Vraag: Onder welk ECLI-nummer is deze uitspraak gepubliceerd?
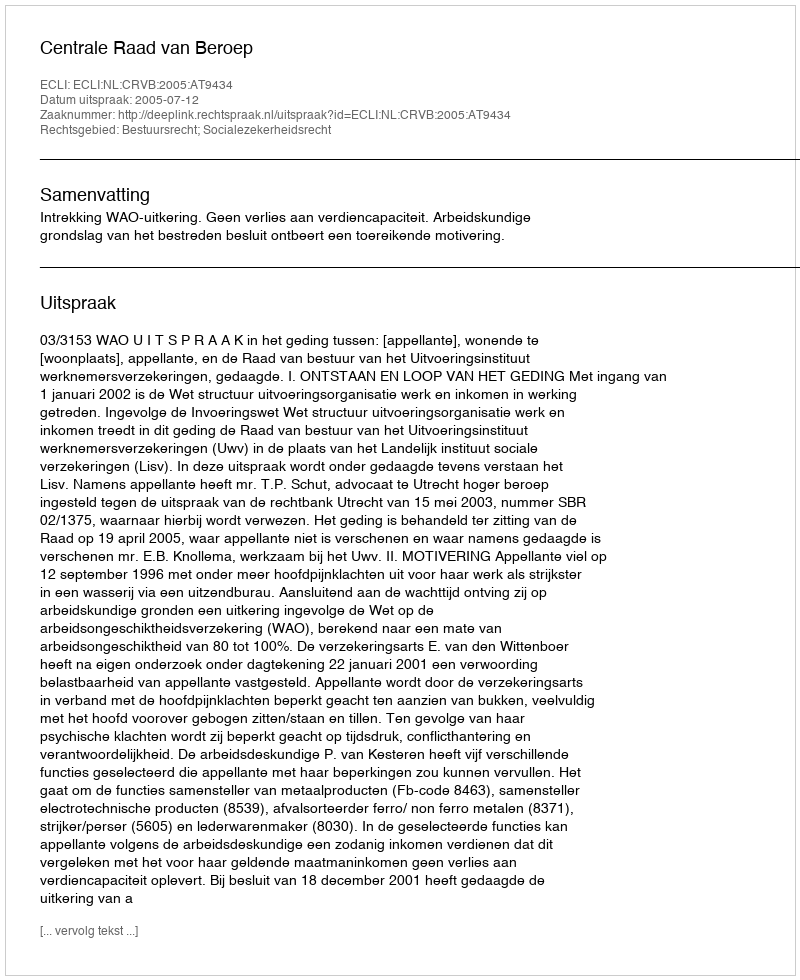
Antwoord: ECLI:NL:CRVB:2005:AT9434